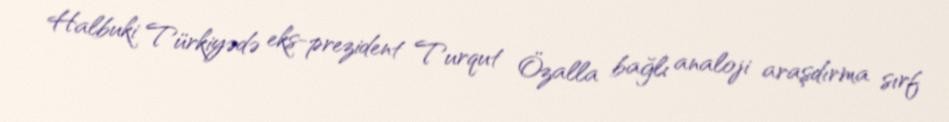
Halbuki Türkiyədə eks-prezident Turqut Özalla bağlı analoji araşdırma sırf